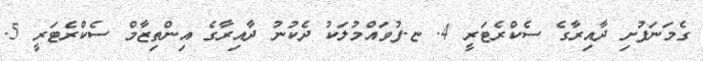
ގެމަނަފުށި ދާއިރާގެ ސެކްރެޓަރީ 4. ޏ.ފުވައްމުލަކު ދެކުނު ދާއިރާގެ އިންތިޒާމް ސެކްރެޓަރީ 5.